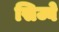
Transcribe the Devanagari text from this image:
सिज्वे